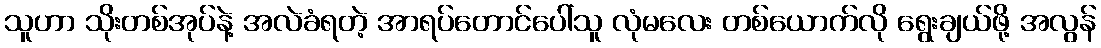
သူဟာ သိုးတစ်အုပ်နဲ့ အလဲခံရတဲ့ အာရပ်တောင်ပေါ်သူ လုံမလေး တစ်ယောက်လို ရွေးချယ်ဖို့ အလွန်